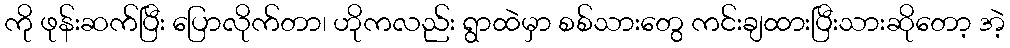
ကို ဖုန်းဆက်ပြီး ပြောလိုက်တာ၊ ဟိုကလည်း ရွာထဲမှာ စစ်သားတွေ ကင်းချထားပြီးသားဆိုတော့ အဲ့